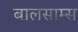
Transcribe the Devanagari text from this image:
बालसाम्स